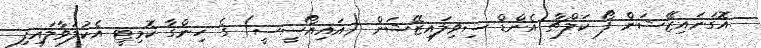
އޮގަނައިޒޭޝަން ފޯ ކަލްޗާ އެންޑް ސިވިލައިޒޭޝަން (އައިއޯސީސީ) ގެ ހިންގާ ކޮމިޓީ އެކުލަވާލައިފި